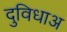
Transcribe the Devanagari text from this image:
दुविधाअ